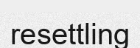
resettling